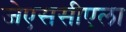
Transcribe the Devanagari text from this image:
जेएससीएला